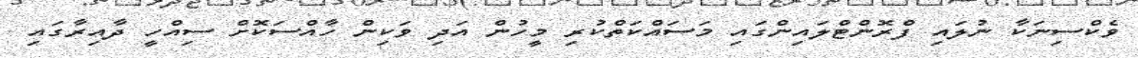
ވެކްސިނަކާ ނުލައި ފްރޮންޓްލައިންގައި މަސައްކަތްކުރި މީހުން އަދި ވަކިން ހާއްސަކޮށް ސިއްހީ ދާއިރާގައި